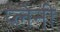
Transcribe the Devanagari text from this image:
प्लेनी